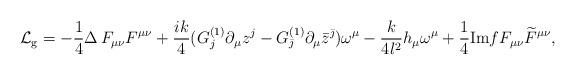
LaTeX: \begin{align*}{\cal L}_{\rm g}=-\frac{1}{4}\Delta \, F_{\mu\nu}F^{\mu\nu}+\frac{ik}{4}(G^{(1)}_{j}\partial_{\mu}{z^j}-G^{(1)}_{\bar{\jmath}}\partial_{\mu}{\bar{z}^{\bar{\jmath}}})\omega^{\mu} -\frac{k}{4l^2}h_{\mu}\omega^{\mu}+\frac{1}{4}{\rm Im}f F_{\mu\nu}\widetilde{F}^{\mu\nu},\end{align*}